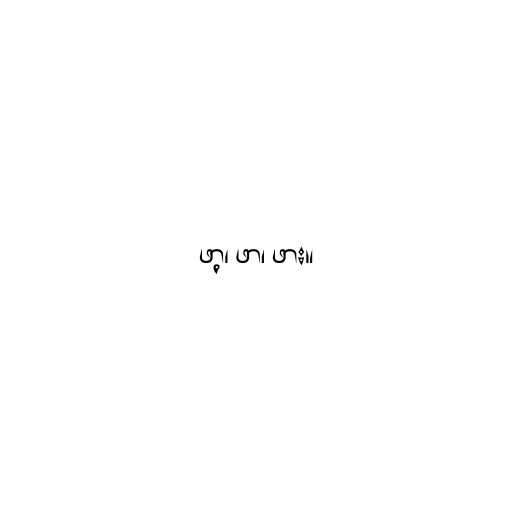
ဖာ့၊ ဖာ၊ ဖား။